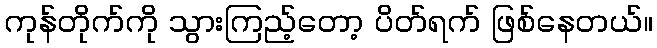
ကုန်တိုက်ကို သွားကြည့်တော့ ပိတ်ရက် ဖြစ်နေတယ်။